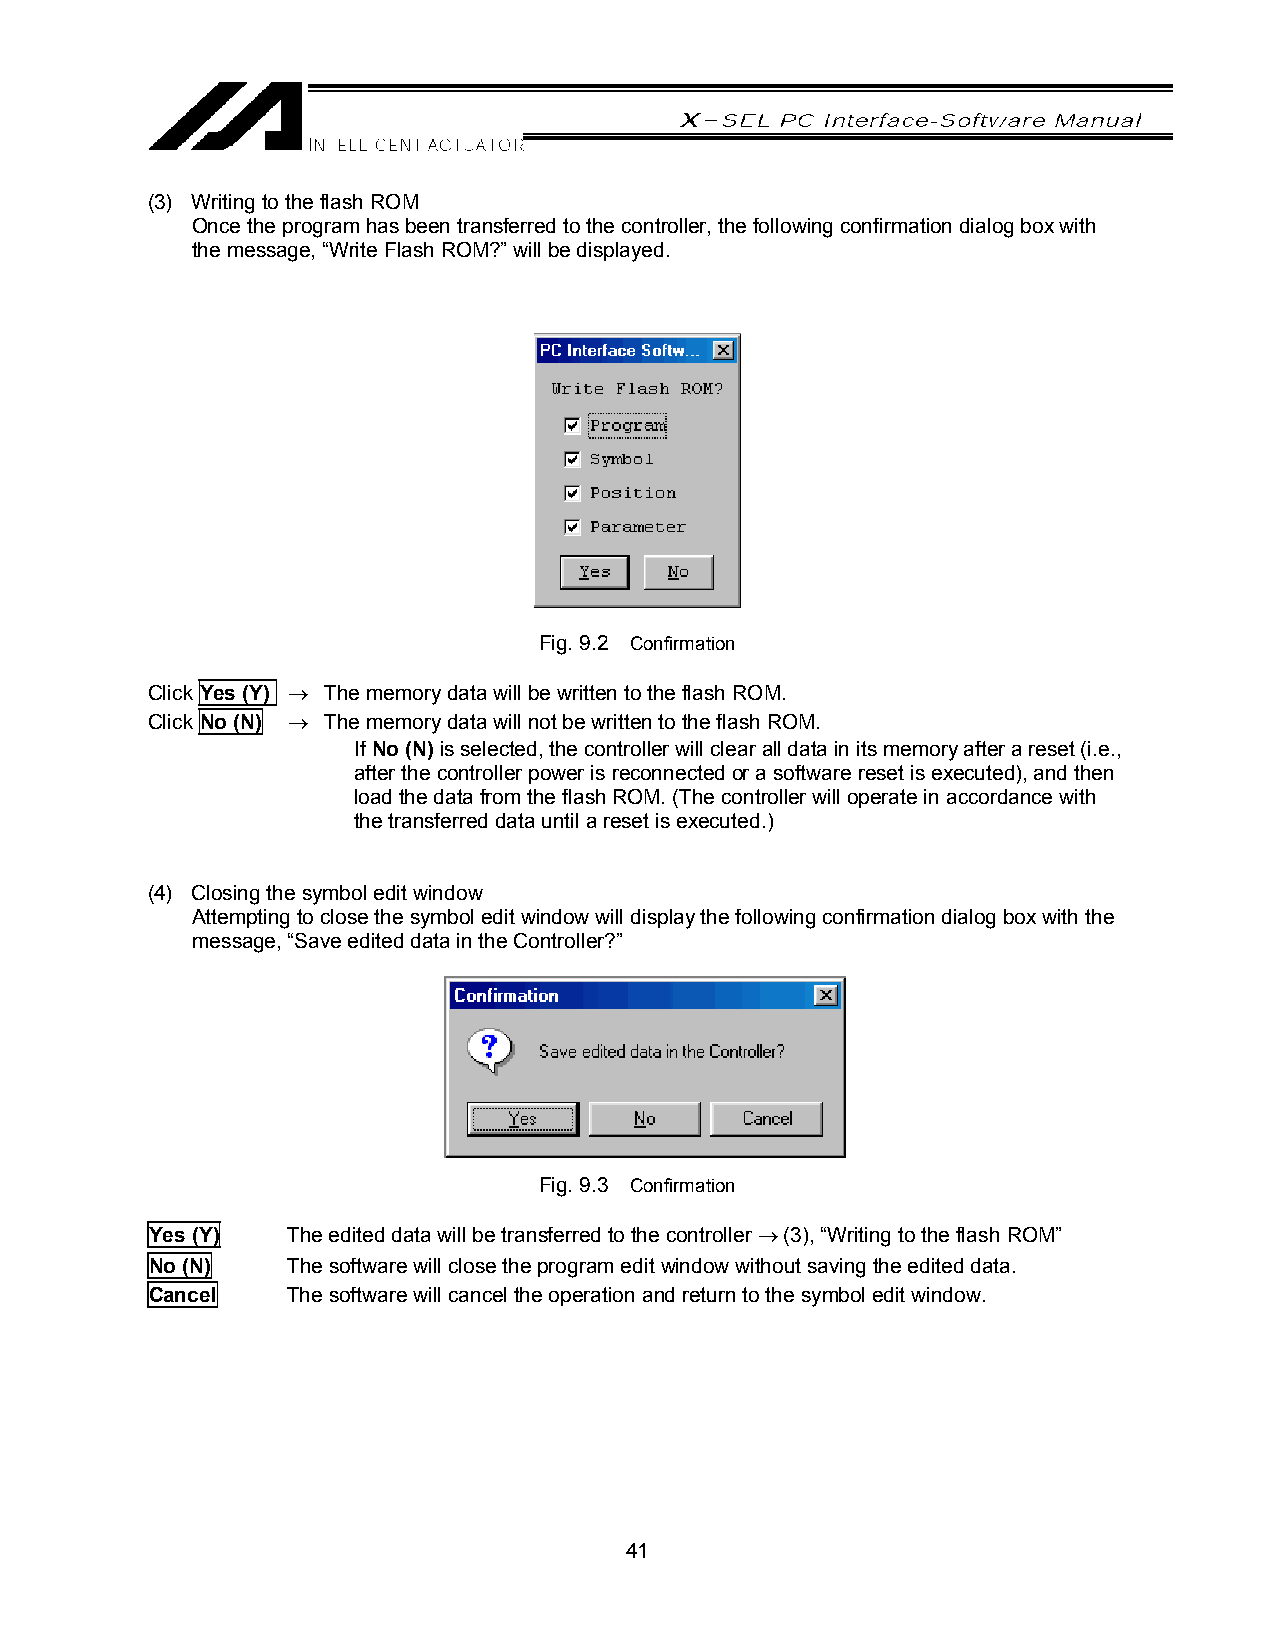
(3) Writing to the flash ROM
 Once the program has been transferred to the controller, the following confirmation dialog box with
 the message, “Write Flash ROM?” will be displayed.
 Fig. 9.2 Confirmation
 Click Yes (Y) → The memory data will be written to the flash ROM.
 Click No (N) → The memory data will not be written to the flash ROM.
 If No (N) is selected, the controller will clear all data in its memory after a reset (i.e.,
 after the controller power is reconnected or a software reset is executed), and then
 load the data from the flash ROM. (The controller will operate in accordance with
 the transferred data until a reset is executed.)
 (4) Closing the symbol edit window
 Attempting to close the symbol edit window will display the following confirmation dialog box with the
 message, “Save edited data in the Controller?”
 Fig. 9.3 Confirmation
 Yes (Y)  The edited data will be transferred to the controller → (3), “Writing to the flash ROM”
 No (N)   The software will close the program edit window without saving the edited data.
 Cancel   The software will cancel the operation and return to the symbol edit window.
 41